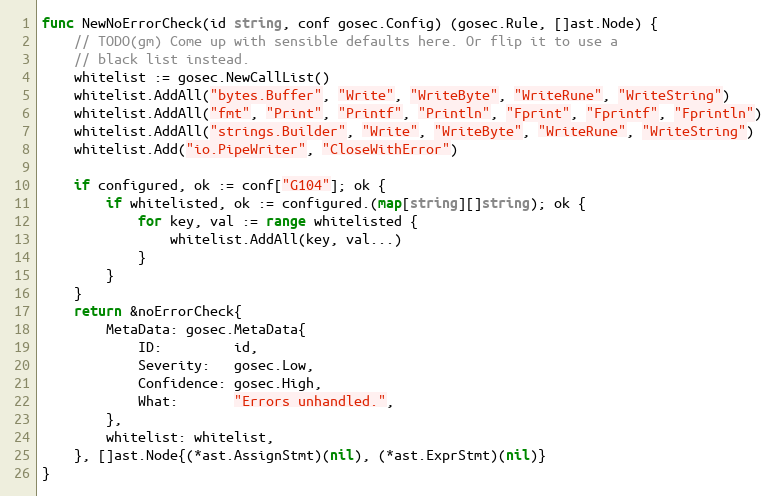
Language: Go
func NewNoErrorCheck(id string, conf gosec.Config) (gosec.Rule, []ast.Node) {
	// TODO(gm) Come up with sensible defaults here. Or flip it to use a
	// black list instead.
	whitelist := gosec.NewCallList()
	whitelist.AddAll("bytes.Buffer", "Write", "WriteByte", "WriteRune", "WriteString")
	whitelist.AddAll("fmt", "Print", "Printf", "Println", "Fprint", "Fprintf", "Fprintln")
	whitelist.AddAll("strings.Builder", "Write", "WriteByte", "WriteRune", "WriteString")
	whitelist.Add("io.PipeWriter", "CloseWithError")

	if configured, ok := conf["G104"]; ok {
		if whitelisted, ok := configured.(map[string][]string); ok {
			for key, val := range whitelisted {
				whitelist.AddAll(key, val...)
			}
		}
	}
	return &noErrorCheck{
		MetaData: gosec.MetaData{
			ID:         id,
			Severity:   gosec.Low,
			Confidence: gosec.High,
			What:       "Errors unhandled.",
		},
		whitelist: whitelist,
	}, []ast.Node{(*ast.AssignStmt)(nil), (*ast.ExprStmt)(nil)}
}